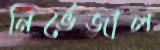
নির্ভেজাল